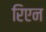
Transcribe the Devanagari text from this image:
रिएन